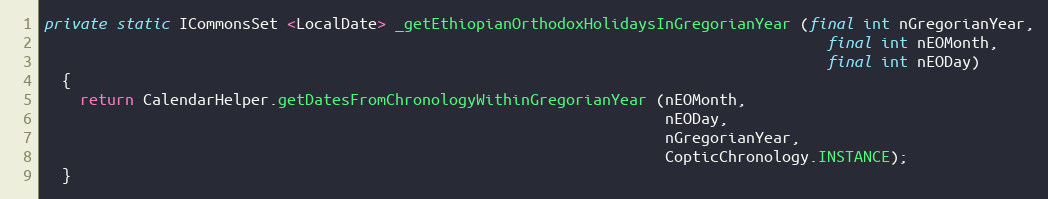
Language: Java
private static ICommonsSet <LocalDate> _getEthiopianOrthodoxHolidaysInGregorianYear (final int nGregorianYear,
                                                                                       final int nEOMonth,
                                                                                       final int nEODay)
  {
    return CalendarHelper.getDatesFromChronologyWithinGregorianYear (nEOMonth,
                                                                     nEODay,
                                                                     nGregorianYear,
                                                                     CopticChronology.INSTANCE);
  }